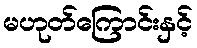
မဟုတ်ကြောင်းနှင့်